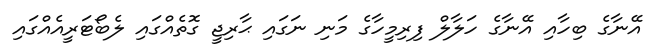
އޭނާގެ ބިހާއި އޭނާގެ ހަލާލް ފިރިމީހާގެ މަނި ނަގައި ޙާރިޖީ ގޮތެއްގައި ލެބޯޓަރީއެއްގައި